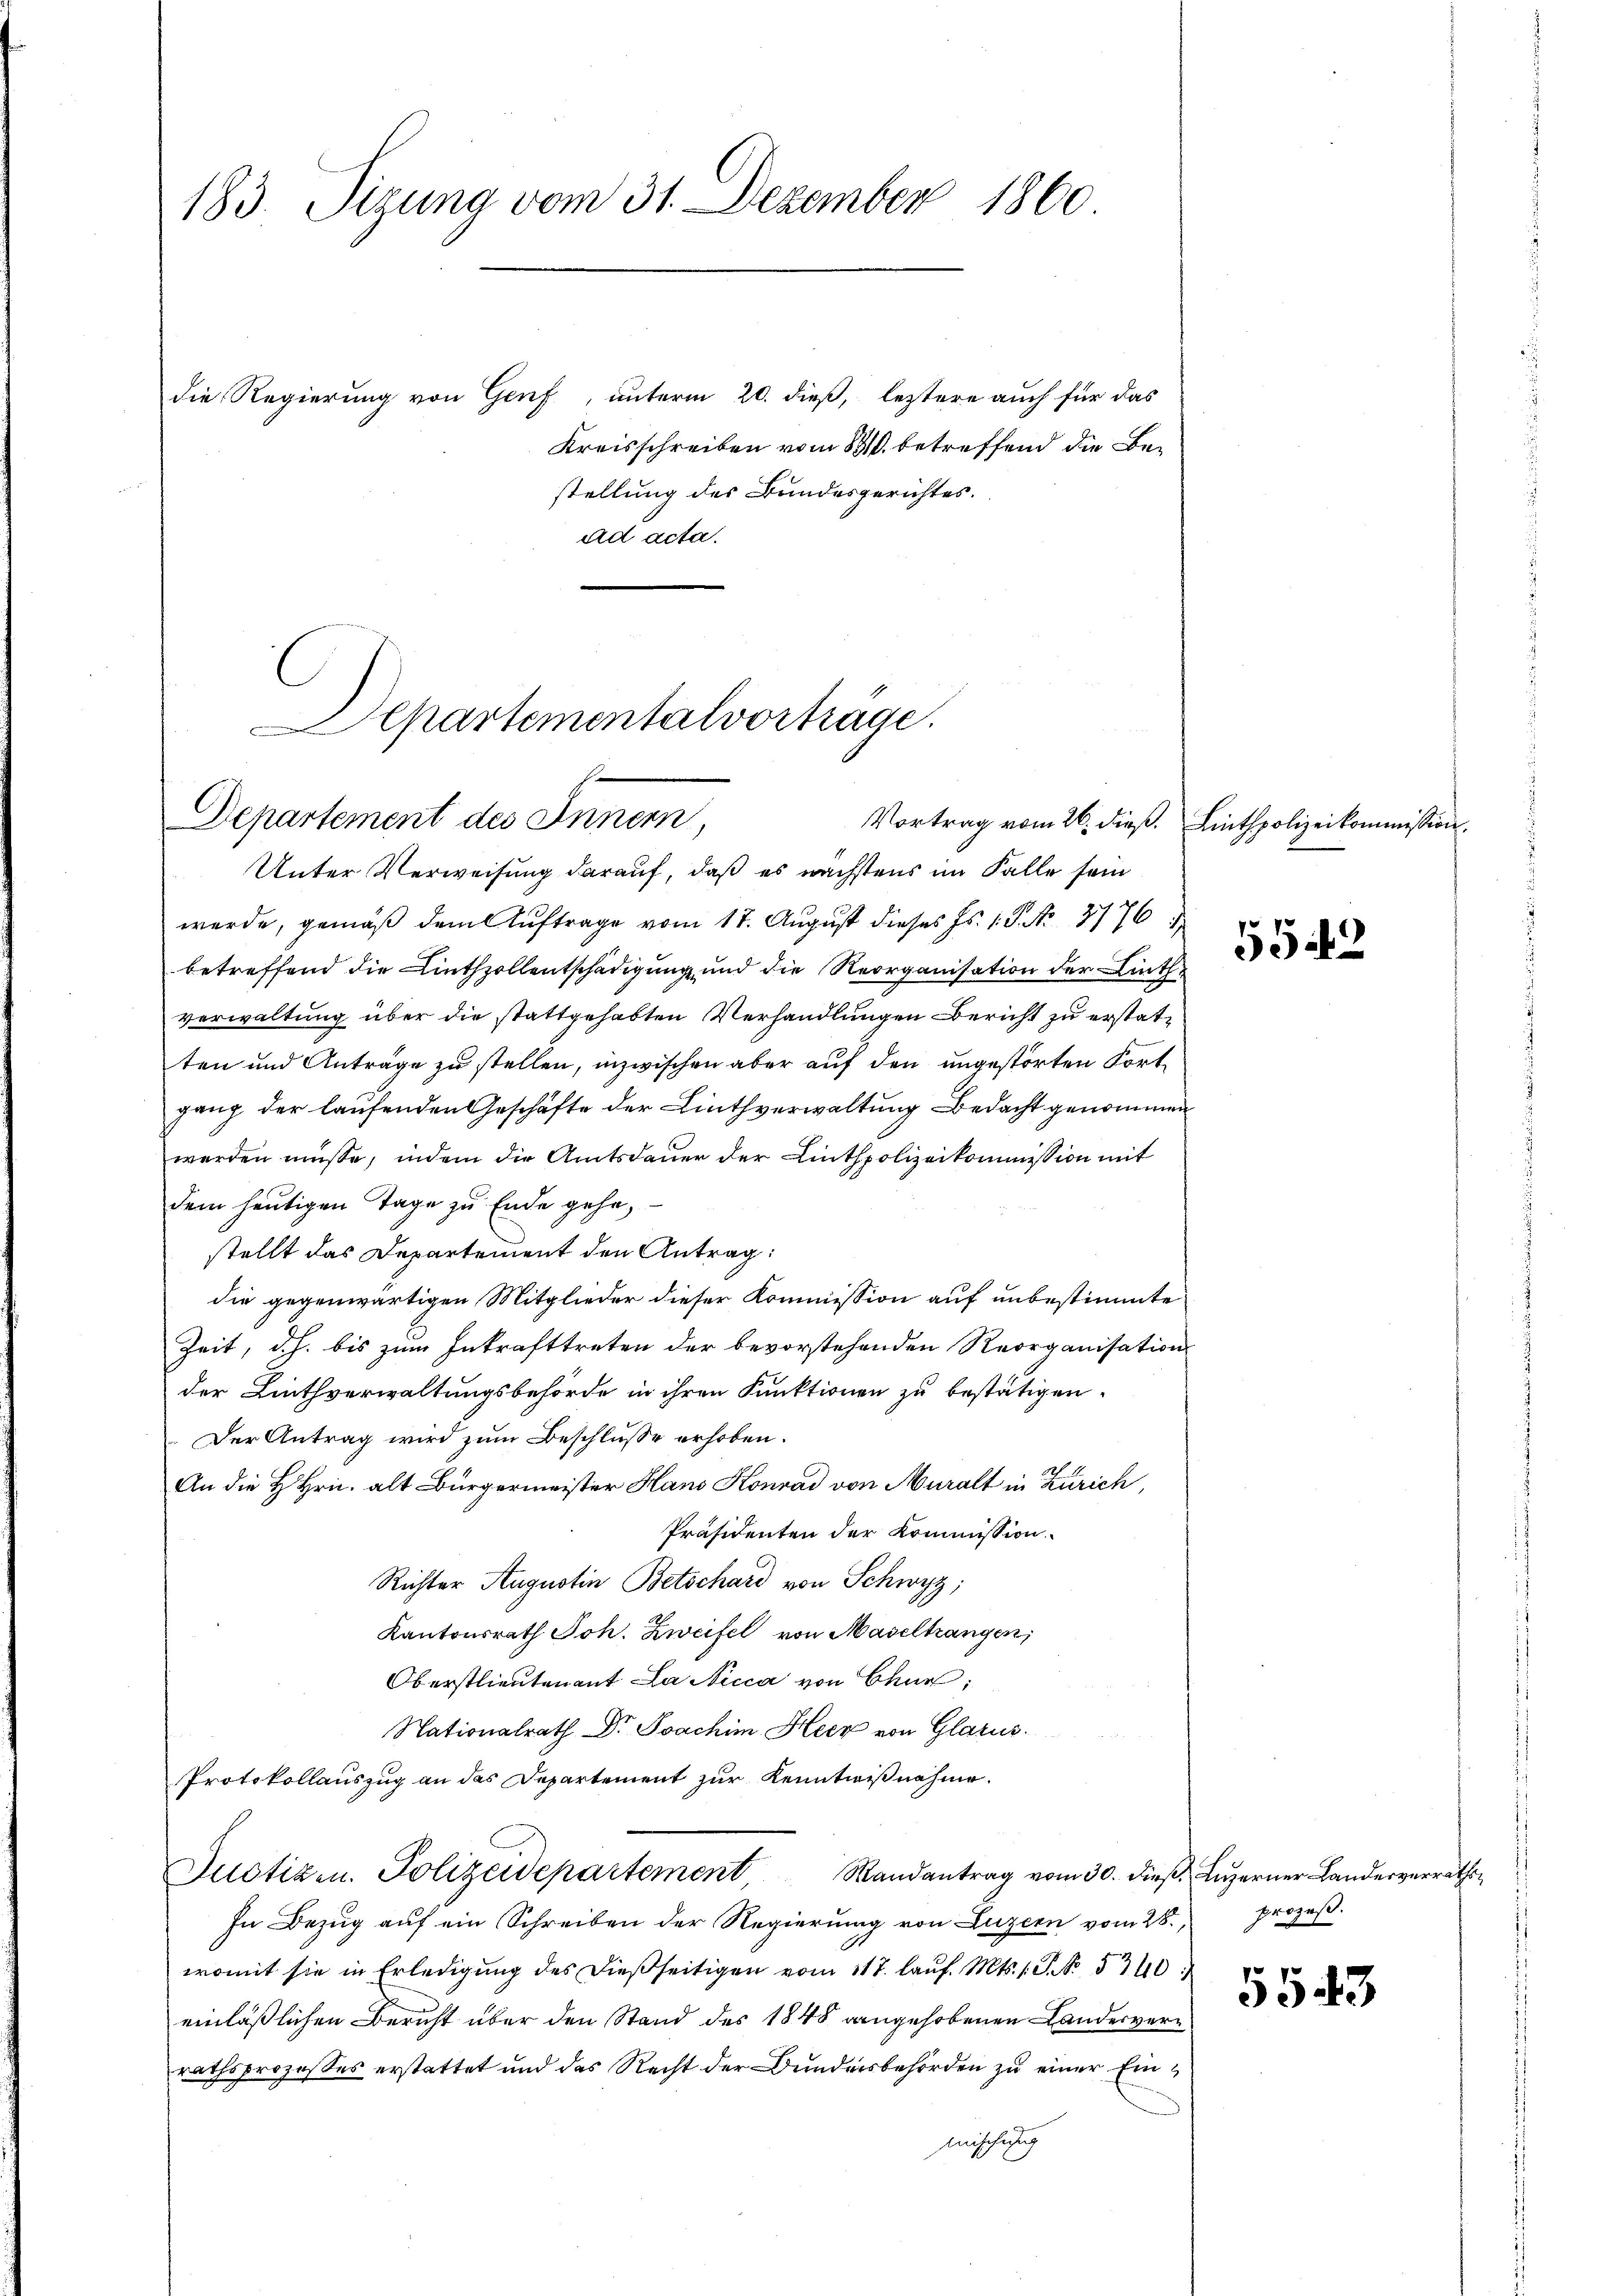
183. Sizung vom 31. Dezember 1860
die Regierung von Genf, unterm 20. dieß, leztere auch für das
Kreisschreiben vom 1810. betreffend die Bestellung des Bundesgerichtes.

ad acta.
Departementalverträge.

Departement des Inner,
Unter Verweisung darauf, daß es nächstens im Falle sein

wurde, gemäß dem Auftrage vom 17. August dieses Hs. 1. P. N. 2776
betreffend die Linthzollentschädigung und die Reorganisation der Linthverwaltung über die stattgehabten Verhandlungen Bericht zu erstatten und Anträge zu stellen, inzwischen aber auf den ungestörten Fortgang der laufenden Geschäfte der Linthverwaltung Bedacht genommen
werden müsse, indem die Amtsdauer der Linthpolizeikommission mit
dem heutigen Tage zu Ende gehe,
stellt das Departement den Antrag:
die gegenwärtigen Mitglieder dieser Kommission auf unbestimmte
Zeit, d.h. bis zum Inkrafttreten der bevorstehenden Reorganisation
der Linthverwaltungsbehörde in ihren Funktionen zu bestätigen.
Der Antrag wird zum Beschlusse erhoben.
An die H. Hrn. alt Bürgermeister Hans Konrad von Muralt in Zürich,
Präsidenten der Kommission.
Richter Augustin Betschard von Schwyz;
Kantonsrath Joh. Zweifel von Maseltrangen,
Oberstlieutenant La Nicca von Chur,
Nationalrath Dr. Joachim Heck von Glarus.
Protokollauszug an das Departement zur Kenntnißnahme.
Justizen. Polizeidepartement, Mandantrag vom 30. dieβ. Lŭzerner Landerverraths-
In Bezug auf ein Schreiben der Regierung von Luzern vom 28.
womit sie in Erledigung des dießseitigen vom 117. laŭf. Mts. s. S. 530
einläßlichen Beruht über den Stand des 1848 angehobenen Landesverrathsprozesses erstattet und das Recht der Bundeisbehörden zu einer Ein¬
Mischung

Vortrag vom 26. dieß. Linthpolizeikommission.
552

prozeß.
5543